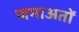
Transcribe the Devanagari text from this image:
जमाअतों